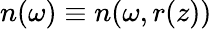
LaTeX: n(\omega)\equiv n(\omega,r(z))